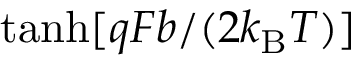
\operatorname { t a n h } [ q F b / ( 2 k _ { \mathrm { B } } T ) ]